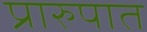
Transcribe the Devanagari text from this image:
प्रारुपात